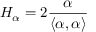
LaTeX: H _ { \alpha } = 2 { \frac { \alpha } { \langle \alpha , \alpha \rangle } }